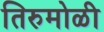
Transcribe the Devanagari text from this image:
तिरुमोळी